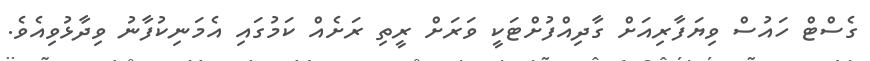
ގެސްޓް ހައުސް ވިޔަފާރިއަށް ގާދިއްފުށްޓަކީ ވަރަށް ރީތި ރަށެއް ކަމުގައި އެމަނިކުފާނު ވިދާޅުވިއެވެ.